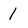
Character: 1